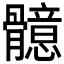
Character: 𩪣